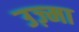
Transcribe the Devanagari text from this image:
उज़्मा